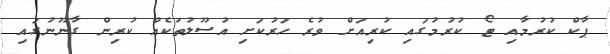
ޕާކް ކުރުމާއި ޓޯ ކުރުމުގައި ކުރިއަށް ވުރެ ހަރުކަށި އުސޫލުތަކެއް ކުރިން ގާނޫނުގައި